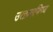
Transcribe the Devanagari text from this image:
उत्क्रमणिय्य